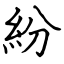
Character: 紛